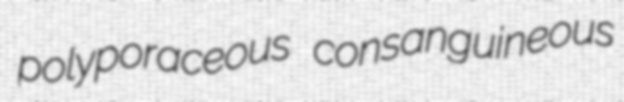
polyporaceous consanguineous